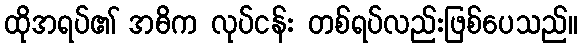
ထိုအရပ်၏ အဓိက လုပ်ငန်း တစ်ရပ်လည်းဖြစ်ပေသည်။